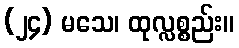
(၂၄) မသေ၊ ထုလ္လစ္စည်း။